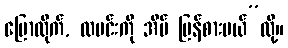
ပြောလိုက်, ထမင်းကို အိမ် ပြန်စားမယ်”လို့။